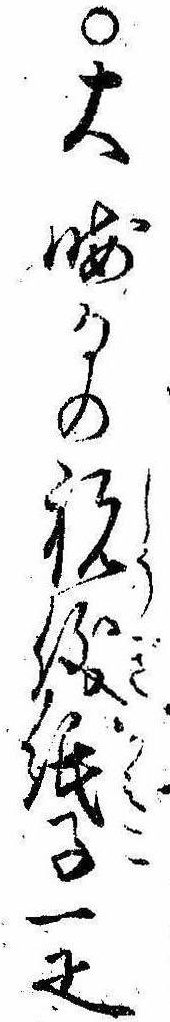
○大晦日の祝儀紙子一疋